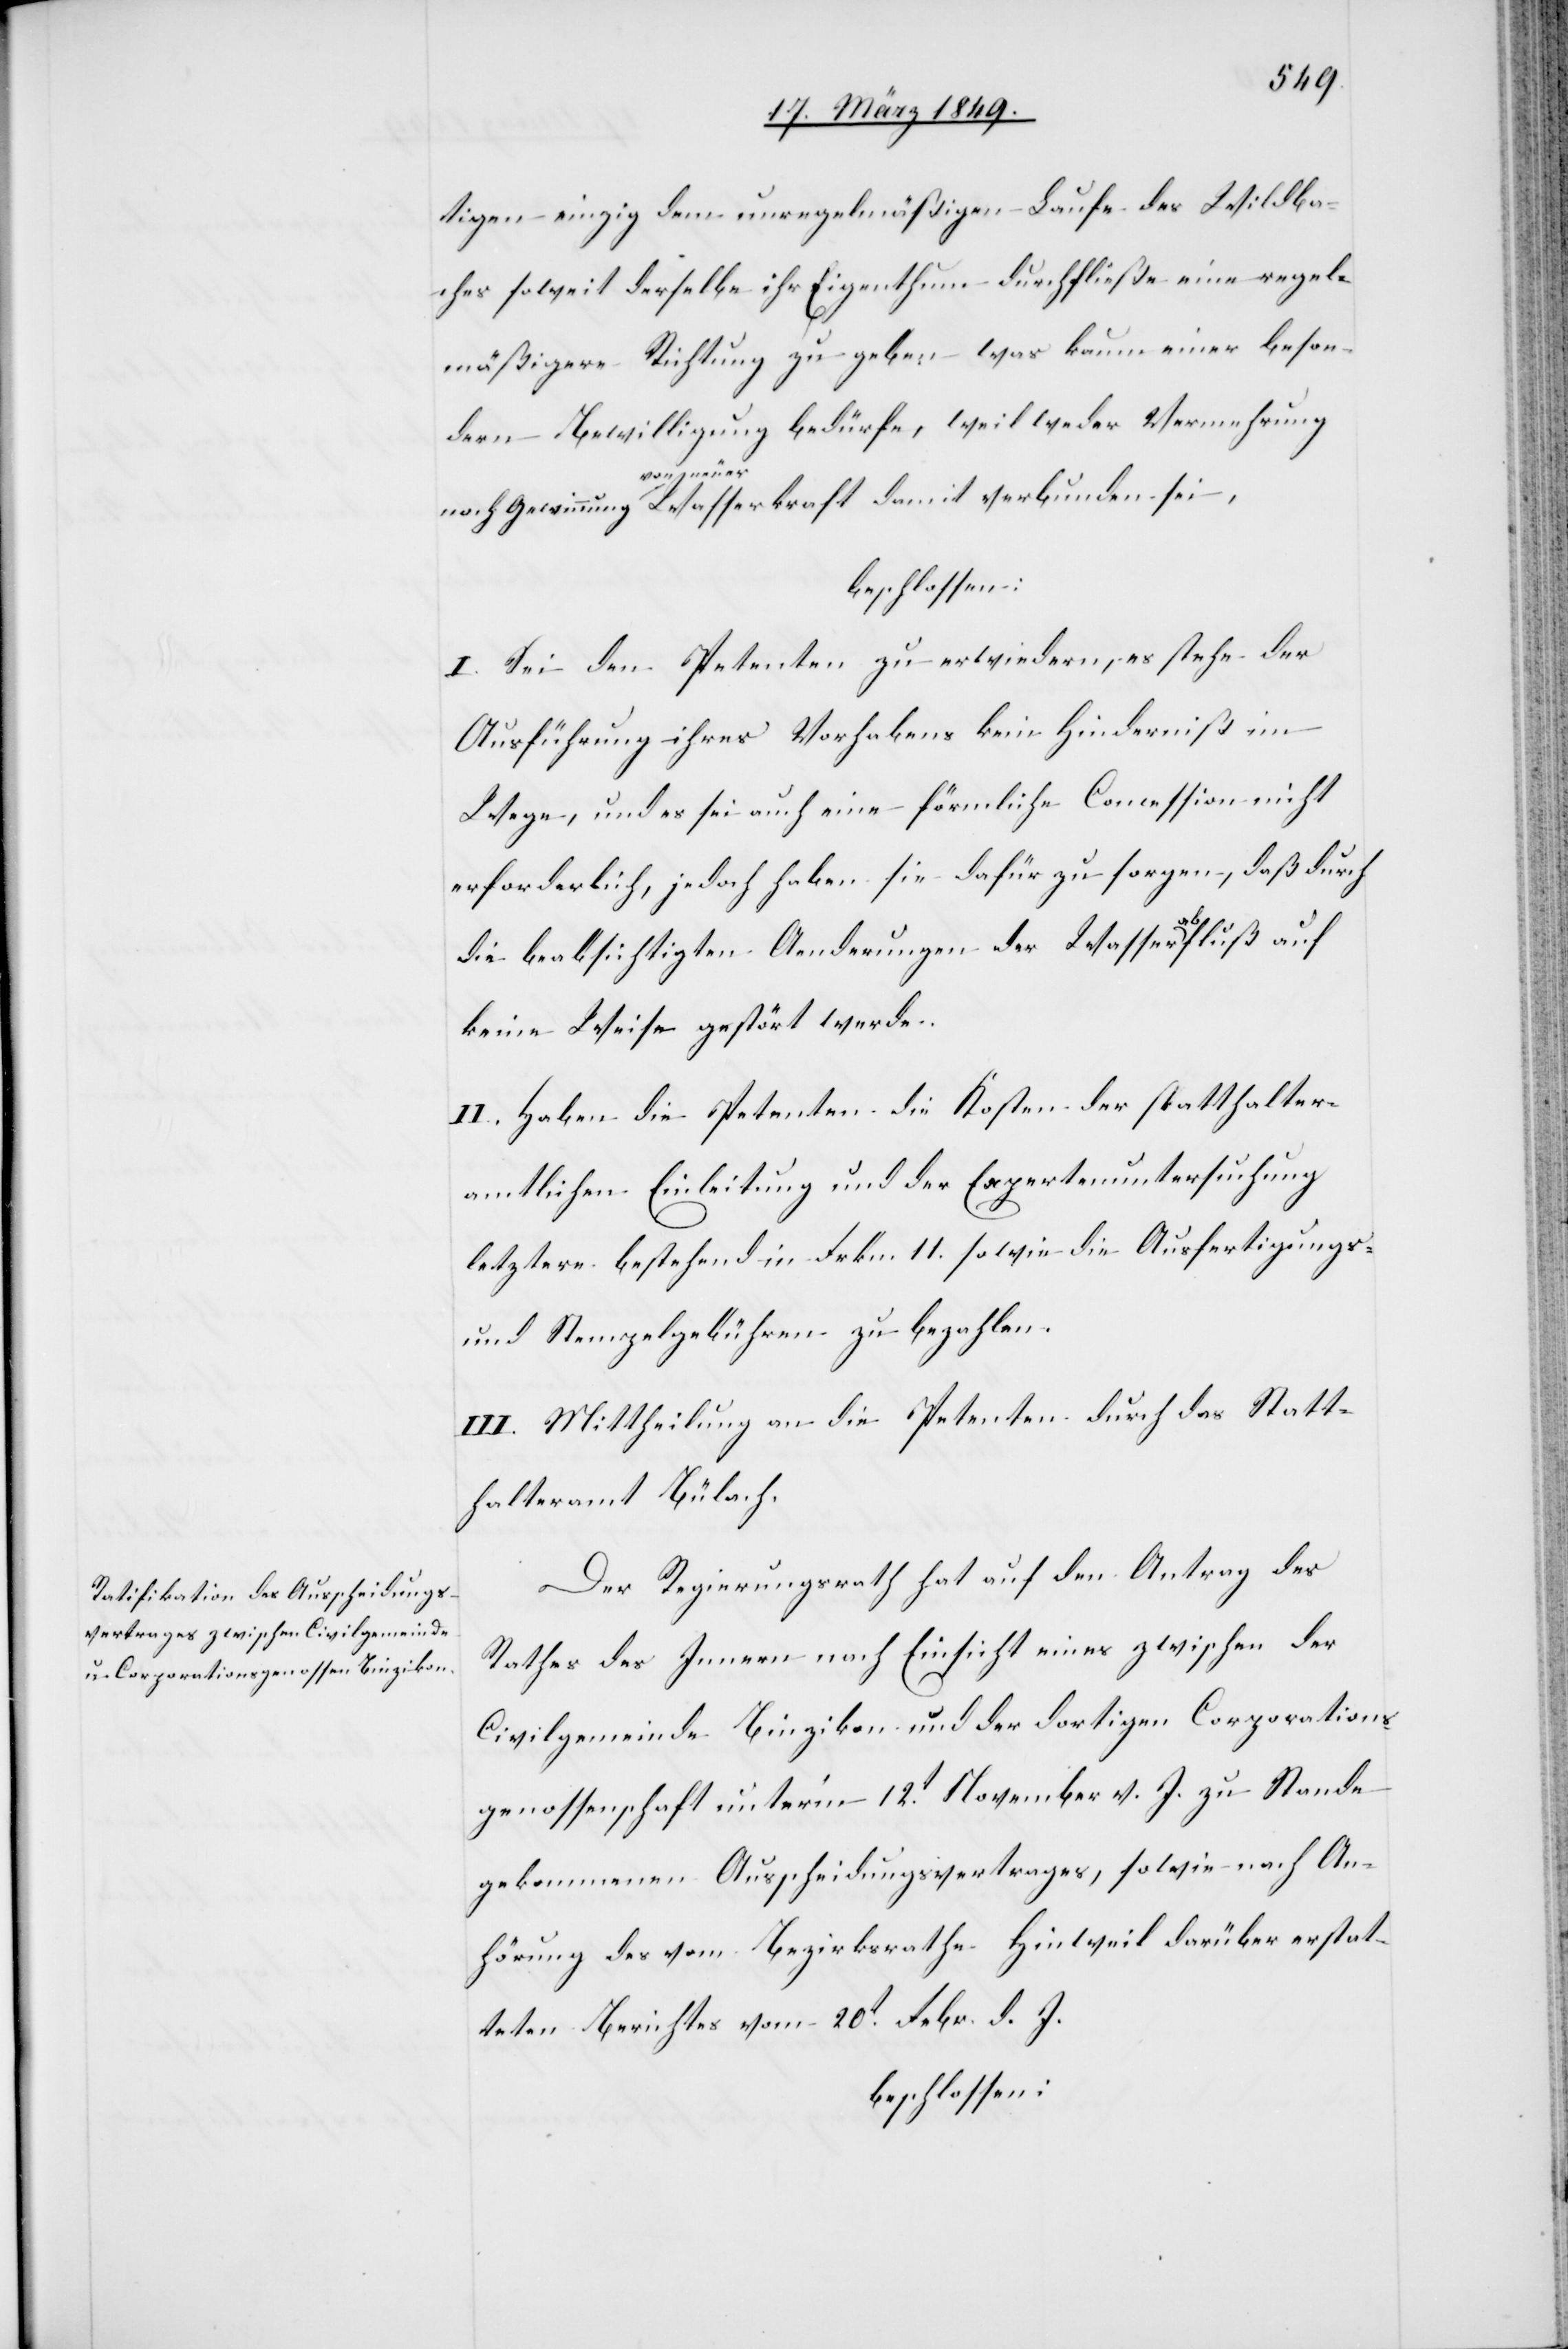
tigen einzig dem unregelmäßigen Laufe des Wildba¬
ches soweit derselbe ihr Eigenthum durchfließe eine regel¬
mäßigere Richtung zu geben was kaum einer beson¬
dern Bewilligung bedürfe, weil weder Vermehrung
noch Gewinnung von neuer Wasserkraft damit verbunden sei,
beschlossen:
I. Sei den Petenten zu erwiedern, es stehe der
Ausführung ihres Vorhabens kein Hinderniß im
Wege, und es sei auch eine förmliche Concession nicht
erforderlich, jedoch haben sie dafür zu sorgen, daß durch
die beabsichtigten Aenderungen der Wasserabfluß auf
keine Weise gestört werde.
II. Haben die Petenten die Kosten der statthalter¬
lichen Einleitung und der Expertenuntersuchung
letztere bestehend in Frkn. 11. sowie die Ausfertigungs-
und Stempelgebühren zu bezahlen.
III. Mittheilung an die Petenten durch das Statt¬
halteramt Bülach.
Der Regierungsrath hat auf den Antrag des
Rathes des Innern nach Einsicht eines zwischen der
Civilgemeinde Binzikon und der dortigen Corporations¬
genossenschaft unter’m 12t. November v. J. zu Stande
gekommenen Ausscheidungsvertrages, sowie nach An¬
hörung des vom Bezirksrathe Hinweil darüber erstat¬
teten Berichtes vom 20t. Febr. d. J.
beschlossen: